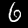
Label: 6